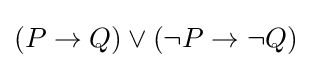
(P\to Q)\lor (\neg P\to \neg Q)